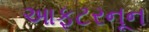
આફટરનૂન